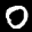
Label: 0